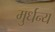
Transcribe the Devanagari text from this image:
मुर्धन्य